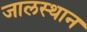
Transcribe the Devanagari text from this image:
जालस्थान